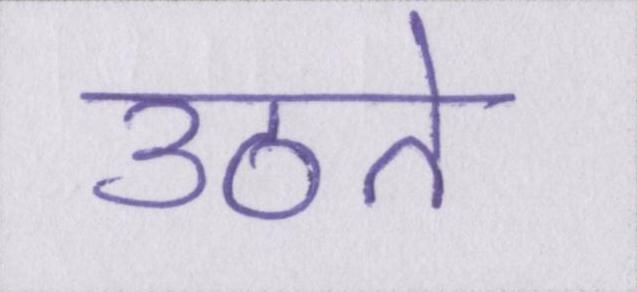
उठते